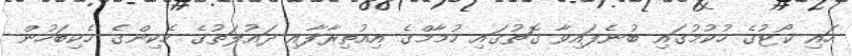
ހައި ކޯޓުގެ ހުކުމުގައި ބުނެފައިވާ ގޮތުގައި ހުމާމްގެ އިއުތިރާފާއި ދައުލަތުގެ ހެކިންގެ ހެކިބަހުން